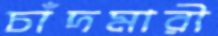
চাঁদমারী